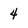
Character: 4